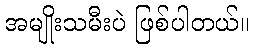
အမျိုးသမီးပဲ ဖြစ်ပါတယ်။